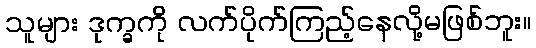
သူများ ဒုက္ခကို လက်ပိုက်ကြည့်နေလို့မဖြစ်ဘူး။